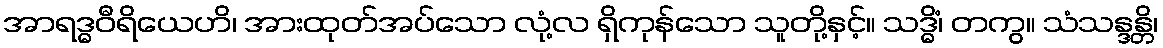
အာရဒ္ဓဝီရိယေဟိ၊ အားထုတ်အပ်သော လုံ့လ ရှိကုန်သော သူတို့နှင့်။ သဒ္ဓိံ၊ တကွ။ သံသန္ဒန္တိ၊